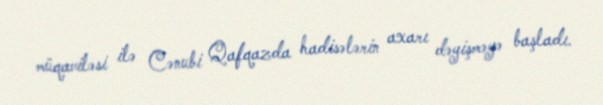
müqaviləsi ilə Cənubi Qafqazda hadisələrin axarı dəyişməyə başladı.